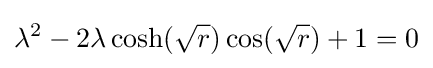
\lambda ^{2}-2\lambda \cosh({\sqrt {r}})\cos({\sqrt {r}})+1=0